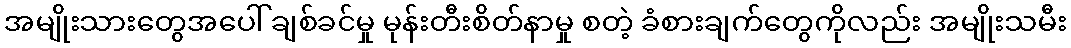
အမျိုးသားတွေအပေါ် ချစ်ခင်မှု မုန်းတီးစိတ်နာမှု စတဲ့ ခံစားချက်တွေကိုလည်း အမျိုးသမီး